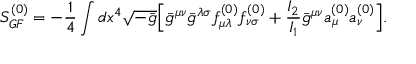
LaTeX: S _ { G F } ^ { ( 0 ) } = - \frac { 1 } { 4 } \int d x ^ { 4 } \sqrt { - \bar { g } } \Bigl [ \bar { g } ^ { \mu \nu } \bar { g } ^ { \lambda \sigma } f _ { \mu \lambda } ^ { ( 0 ) } f _ { \nu \sigma } ^ { ( 0 ) } + \frac { I _ { 2 } } { I _ { 1 } } \bar { g } ^ { \mu \nu } a _ { \mu } ^ { ( 0 ) } a _ { \nu } ^ { ( 0 ) } \Bigr ] .